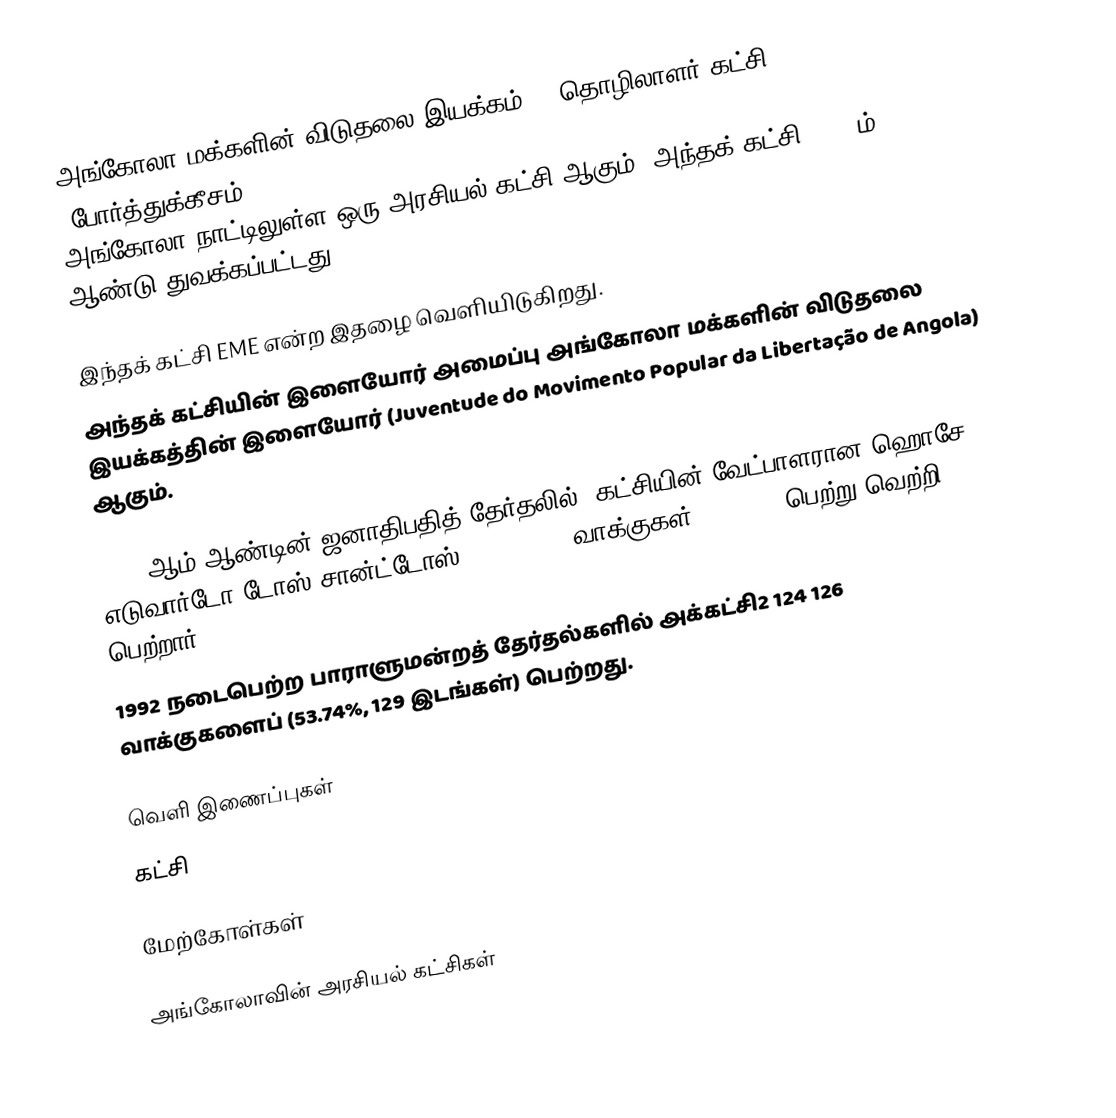
அங்கோலா மக்களின் விடுதலை இயக்கம் -- தொழிலாளர் கட்சி (போர்த்துக்கீசம்: Movimento Popular de Libertação de Angola - Partido do Trabalho) அங்கோலா நாட்டிலுள்ள ஒரு அரசியல் கட்சி ஆகும். அந்தக் கட்சி 1956-ம் ஆண்டு துவக்கப்பட்டது.

இந்தக் கட்சி EME என்ற இதழை வெளியிடுகிறது.
அந்தக் கட்சியின் இளையோர் அமைப்பு அங்கோலா மக்களின் விடுதலை இயக்கத்தின் இளையோர் (Juventude do Movimento Popular da Libertação de Angola) ஆகும்.

1992 ஆம் ஆண்டின் ஜனாதிபதித் தேர்தலில், கட்சியின் வேட்பாளரான ஹொசே எடுவார்டோ டோஸ் சான்ட்டோஸ், 1 953 335 வாக்குகள் (49.57%) பெற்று வெற்றி பெற்றார்.
1992 நடைபெற்ற பாராளுமன்றத் தேர்தல்களில் அக்கட்சி2 124 126 வாக்குகளைப் (53.74%, 129 இடங்கள்) பெற்றது.

வெளி இணைப்புகள்
 கட்சி

மேற்கோள்கள்

அங்கோலாவின் அரசியல் கட்சிகள்